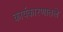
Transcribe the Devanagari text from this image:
कार्यकारणातले